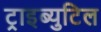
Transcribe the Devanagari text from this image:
ट्राइब्युटिल